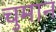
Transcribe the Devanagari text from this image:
चुमान